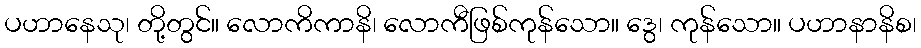
ပဟာနေသု၊ တို့တွင်။ လောကိကာနိ၊ လောကီဖြစ်ကုန်သော။ ဒွေ၊ ကုန်သော။ ပဟာနာနိစ၊